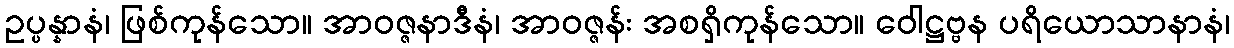
ဥပ္ပန္နာနံ၊ ဖြစ်ကုန်သော။ အာဝဇ္ဇနာဒီနံ၊ အာဝဇ္ဇန်း အစရှိကုန်သော။ ဝေါဋ္ဌဗ္ဗန ပရိယောသာနာနံ၊